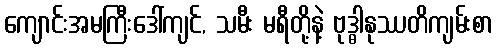
ကျောင်းအမကြီးဒေါ်ကျင်, သမီး မရီတို့နဲ့ ဗုဒ္ဓါနုဿတိကျမ်းစာ